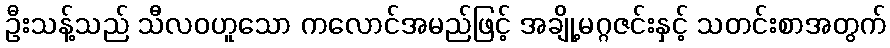
ဦးသန့်သည် သီလဝဟူသော ကလောင်အမည်ဖြင့် အချို့မဂ္ဂဇင်းနှင့် သတင်းစာအတွက်